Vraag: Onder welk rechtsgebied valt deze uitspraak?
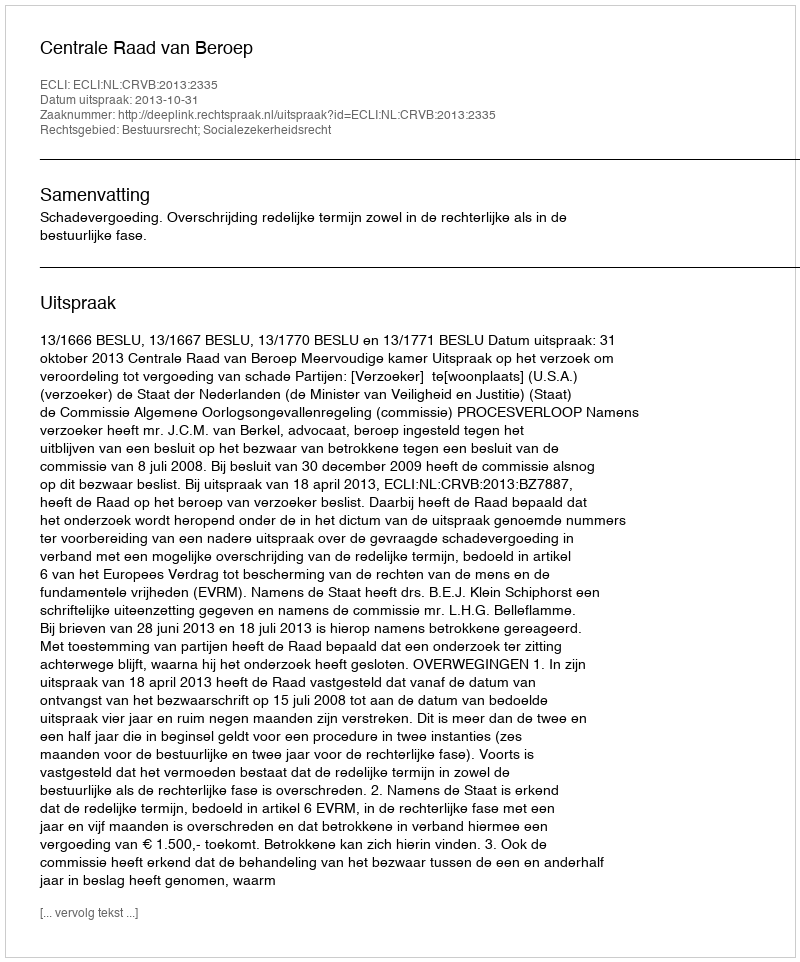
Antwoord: Bestuursrecht; Socialezekerheidsrecht